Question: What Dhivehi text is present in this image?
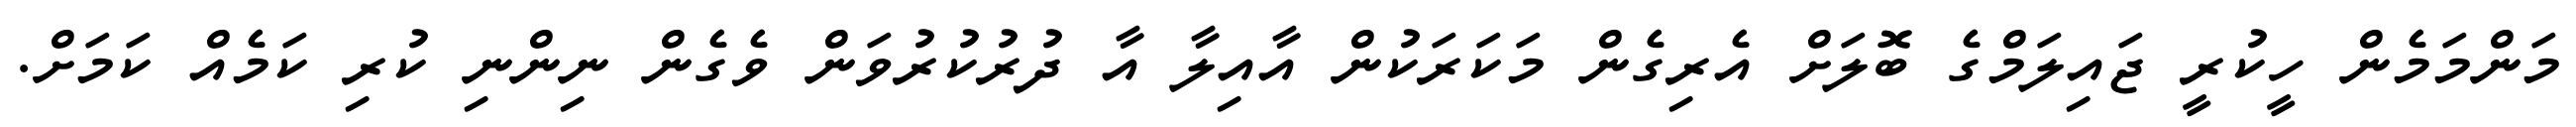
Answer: މަންމަމެން ހީކުރީ ޖައިލަމްގެ ބޮލަށް އެރިގެން މަކަރަކުން އާއިލާ އާ ދުރުކުރުވަން ވެގެން ނިންނި ކުރި ކަމެއް ކަމަށް.